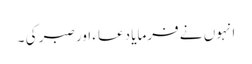
انہوں نے فرمایا دعاء اور صبر کی ۔